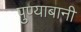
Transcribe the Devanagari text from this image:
पुण्याबानी